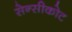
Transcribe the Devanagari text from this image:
सेन्सीकोट